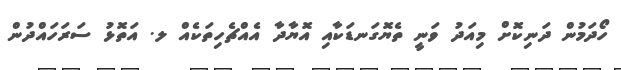
ހޯދަމުން ދަނިކޮށް މިއަދު ވަނީ ތެޔޮގަނޑަކާއި އޮޔާދާ އެއްޗެހިތަކެއް ލ. އަތޮޅު ސަރަހައްދުން